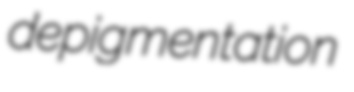
depigmentation